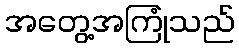
အတွေ့အကြုံသည်